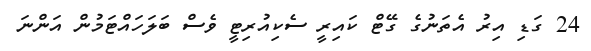
24 ގަޑި އިރު އެތަނުގެ ގޭޓް ކައިރީ ސެކިއުރިޓީ ވެސް ބަލަހައްޓަމުން އަންނަ